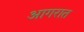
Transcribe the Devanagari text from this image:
आगरात